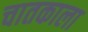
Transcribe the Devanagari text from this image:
चातकाला